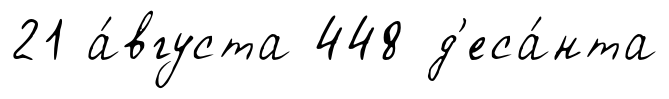
21 а́вгуста 448 д'еса́нта